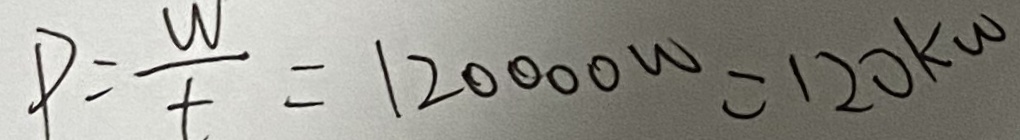
P = \frac { w } { t } = 1 2 0 0 0 0 w = 1 2 0 k w